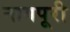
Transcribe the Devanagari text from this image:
नागपूरी